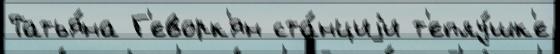
Татья́на Г'еворк'ян ста́нциjи т'еплу́шк'е